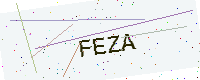
Text: FEZA